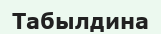
Табылдина